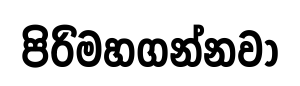
පිරිමහගන්නවා